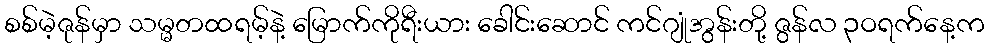
စစ်မဲ့ဇုန်မှာ သမ္မတထရမ့်နဲ့ မြောက်ကိုရီးယား ခေါင်းဆောင် ကင်ဂျုံအွန်းတို့ ဇွန်လ ၃ဝရက်နေ့က